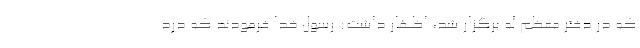
که در دفتر معظم له برگزار شد، اظهار داشت: رسول خدا فرمودند که درد